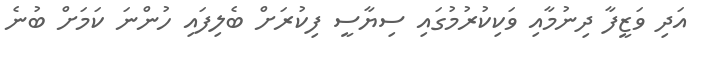
އަދި ވަޒީފާ ދިނުމާއި ވަކިކުރުމުގައި ސިޔާސީ ފިކުރަށް ބެލިފައި ހުންނަ ކަމަށް ބުނެ